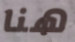
هنا